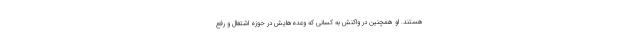
هستند. او همچنین در واکنش به کسانی که وعده‌هایش در حوزه اشتغال و رفع